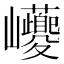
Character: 𡿚